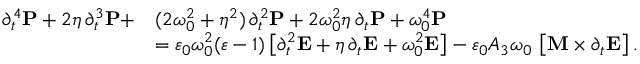
\begin{array} { r l } { \partial _ { t } ^ { 4 } \boldsymbol { \mathbf { P } } + 2 \eta \, \partial _ { t } ^ { 3 } \boldsymbol { \mathbf { P } } + } & { ( 2 \omega _ { 0 } ^ { 2 } + \eta ^ { 2 } ) \, \partial _ { t } ^ { 2 } \boldsymbol { \mathbf { P } } + 2 \omega _ { 0 } ^ { 2 } \eta \, \partial _ { t } \boldsymbol { \mathbf { P } } + \omega _ { 0 } ^ { 4 } \boldsymbol { \mathbf { P } } } \\ & { = \varepsilon _ { 0 } \omega _ { 0 } ^ { 2 } ( \varepsilon - 1 ) \left[ \partial _ { t } ^ { 2 } \boldsymbol { \mathbf { E } } + \eta \, \partial _ { t } \boldsymbol { \mathbf { E } } + \omega _ { 0 } ^ { 2 } \boldsymbol { \mathbf { E } } \right] - \varepsilon _ { 0 } A _ { 3 } \omega _ { 0 } \, \left[ \boldsymbol { \boldsymbol { \mathbf { M } } } \times \partial _ { t } \boldsymbol { \mathbf { E } } \right] . } \end{array}